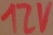
Text: 12V